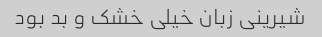
شیرینی زبان خیلی خشک و بد بود